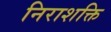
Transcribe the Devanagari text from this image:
निराशक्ति